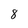
Character: 8